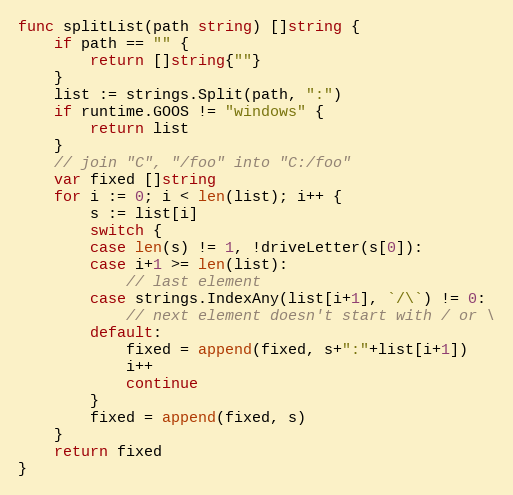
Language: Go
func splitList(path string) []string {
	if path == "" {
		return []string{""}
	}
	list := strings.Split(path, ":")
	if runtime.GOOS != "windows" {
		return list
	}
	// join "C", "/foo" into "C:/foo"
	var fixed []string
	for i := 0; i < len(list); i++ {
		s := list[i]
		switch {
		case len(s) != 1, !driveLetter(s[0]):
		case i+1 >= len(list):
			// last element
		case strings.IndexAny(list[i+1], `/\`) != 0:
			// next element doesn't start with / or \
		default:
			fixed = append(fixed, s+":"+list[i+1])
			i++
			continue
		}
		fixed = append(fixed, s)
	}
	return fixed
}